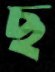
ছ